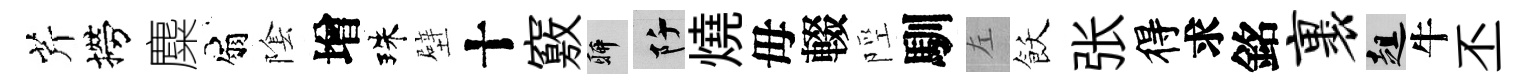
芹撈麋扇隂增珠壁十竅聊阡燒毋輟陘馴左飫张得求銘裹趄牛丕